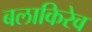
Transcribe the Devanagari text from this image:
बलाकिरेव